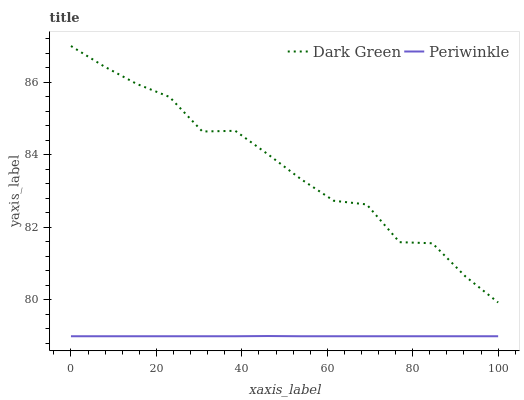
| xaxis_label | Dark Green | Periwinkle |
 | --- | --- | --- |
 | 0 | 87 | 79 |
 | 7.69 | 86.4 | 79 |
 | 15.4 | 86 | 79 |
 | 23.1 | 85.6 | 79 |
 | 30.8 | 84.6 | 79 |
 | 38.5 | 84.7 | 79 |
 | 46.2 | 84 | 79 |
 | 53.8 | 83.3 | 79 |
 | 61.5 | 82.7 | 79 |
 | 69.2 | 82.6 | 79 |
 | 76.9 | 81.6 | 79 |
 | 84.6 | 81.6 | 79 |
 | 92.3 | 80.7 | 79 |
 | 100 | 79.9 | 79 |